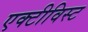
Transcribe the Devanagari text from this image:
एक्टीविस्ट